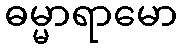
ဓမ္မာရာမော